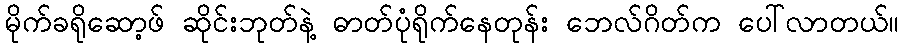
မိုက်ခရိုဆော့ဖ် ဆိုင်းဘုတ်နဲ့ ဓာတ်ပုံရိုက်နေတုန်း ဘေလ်ဂိတ်က ပေါ်လာတယ်။